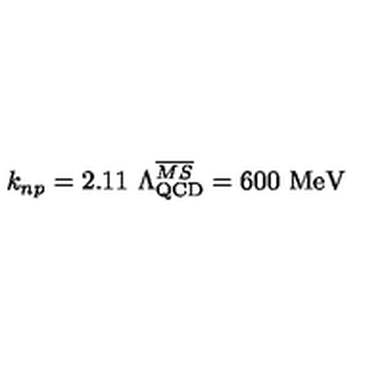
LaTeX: k _ { n p } = 2 . 1 1 \ \Lambda _ { \mathrm { Q C D } } ^ { \overline { { M S } } } = 6 0 0 \ \mathrm { M e V }